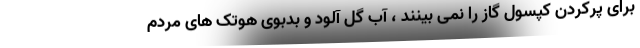
برای پرکردن کپسول گاز را نمی بینند ، آب گل آلود و بدبوی هوتک های مردم